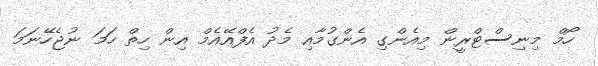
ހޯމް މިނިސްޓްރީން މިއެންގި އެންގުމާއި މެދު އެފްއޭއެމް އިން ހިތް ހަމަ ނުޖެހޭނަމަ